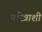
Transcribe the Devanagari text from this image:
चरित्राशी